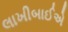
લાખીબાઈએ